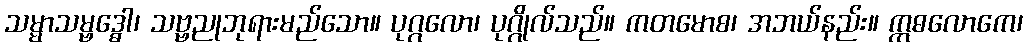
သမ္မာသမ္ဗဒ္ဓေါ၊ သဗ္ဗညုဘုရားမည်သော။ ပုဂ္ဂလော၊ ပုဂ္ဂိုလ်သည်။ ကတမောစ၊ အဘယ်နည်း။ ဣဓလောကေ၊